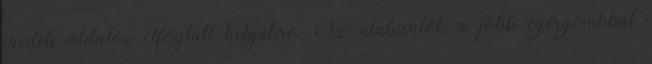
eredeti oldalon elfoglalt helyükre. Az alakzatok a jobb egérgombbal